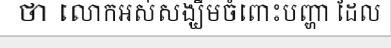
ថា លោកអស់សង្ឃឹមចំពោះបញ្ហា ដែល